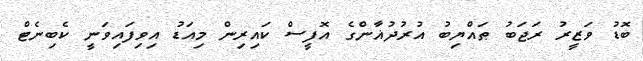
ބޮޑު ވަޒީރު ރަޖަބު ޠައްޔިބު އުރުދުޣާންގެ އޮފީސް ކައިރިން މިއަޑު އިވިފައިވަނީ ކެބިނެޓް